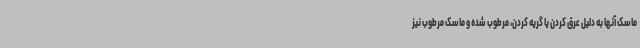
ماسک آنها به دلیل عرق کردن یا گریه کردن، مرطوب شده و ماسک مرطوب نیز